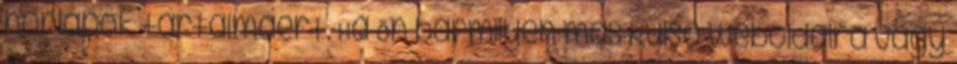
honlapok tartalmáért. Ha Ön bármilyen más külső weboldalra vagy